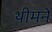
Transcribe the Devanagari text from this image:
थीमने